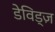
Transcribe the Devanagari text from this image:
डेविड्ज़